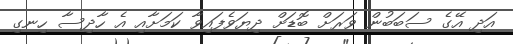
އަދި އޭގެ ސަބަބުން ވަރަށް ބޮޑަށް ދިޔަވެފައިވާ ކަމަށާއި އެ ހާދިސާ ހިނގި